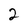
Character: 2